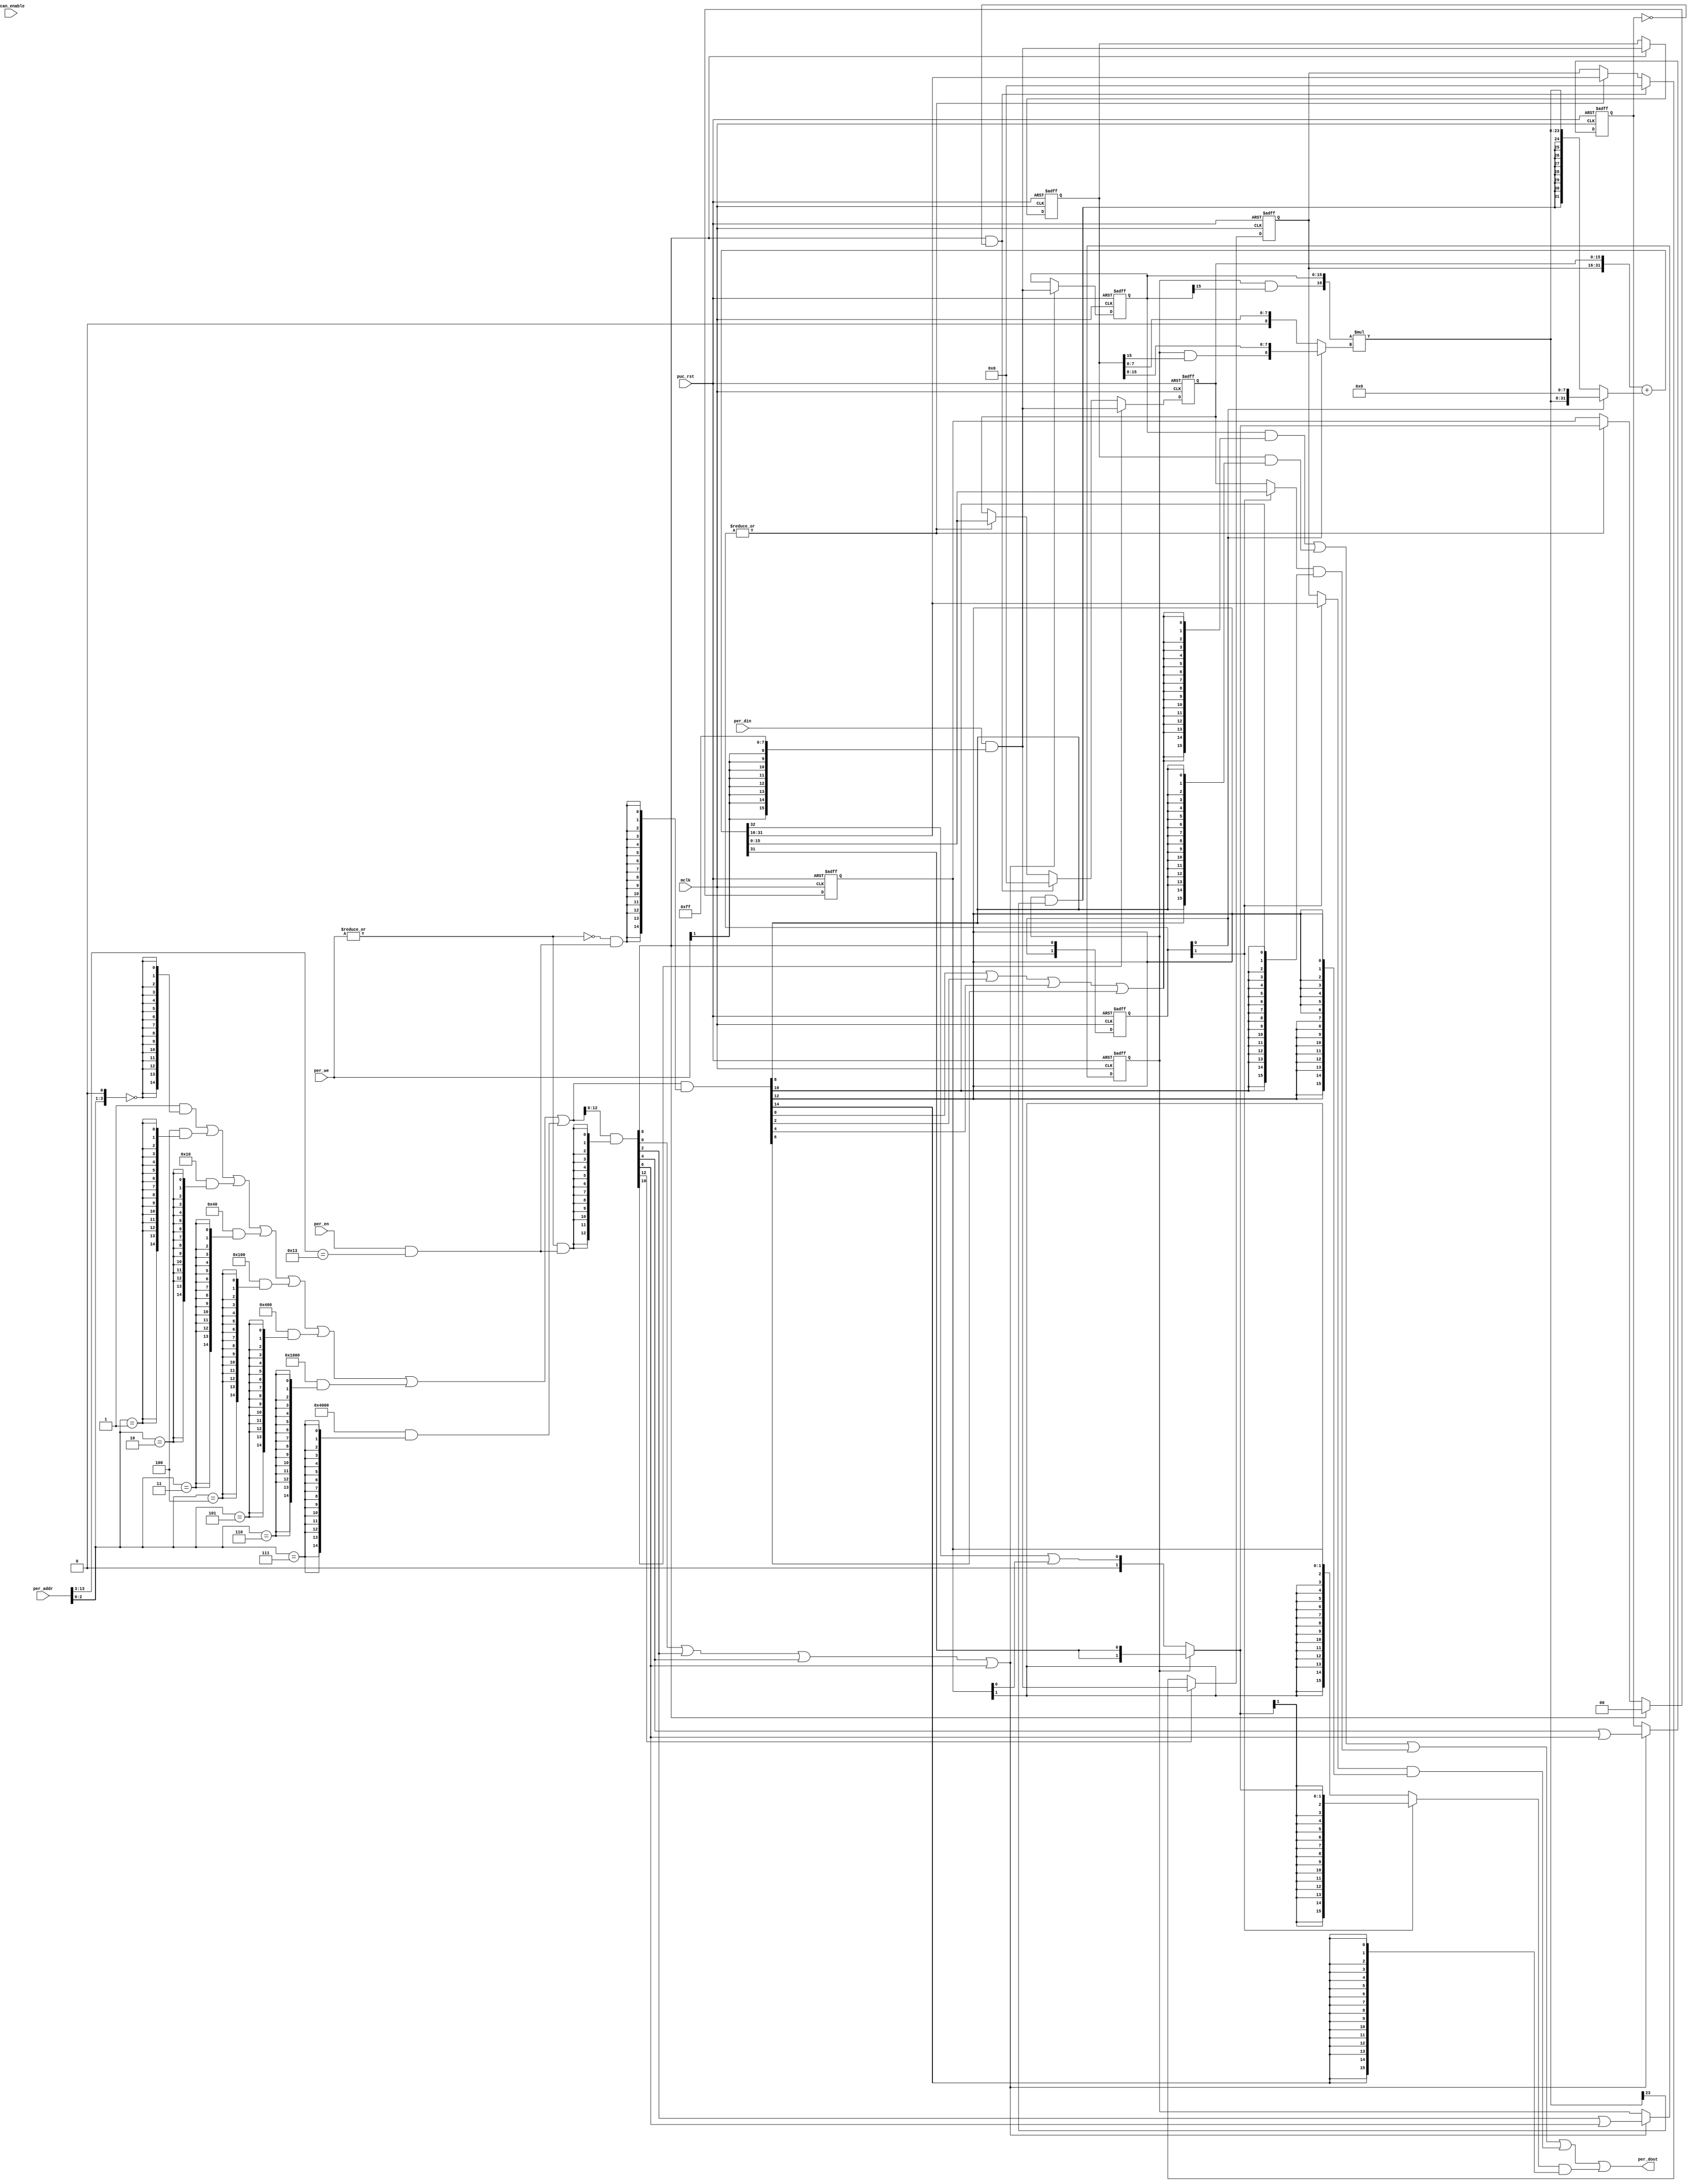
module  omsp_multiplier (

// OUTPUTs
    per_dout,                       // Peripheral data output

// INPUTs
    mclk,                           // Main system clock
    per_addr,                       // Peripheral address
    per_din,                        // Peripheral data input
    per_en,                         // Peripheral enable (high active)
    per_we,                         // Peripheral write enable (high active)
    puc_rst,                        // Main system reset
    scan_enable                     // Scan enable (active during scan shifting)
);

// OUTPUTs
//=========
output       [15:0] per_dout;       // Peripheral data output

// INPUTs
//=========
input               mclk;           // Main system clock
input        [13:0] per_addr;       // Peripheral address
input        [15:0] per_din;        // Peripheral data input
input               per_en;         // Peripheral enable (high active)
input         [1:0] per_we;         // Peripheral write enable (high active)
input               puc_rst;        // Main system reset
input               scan_enable;    // Scan enable (active during scan shifting)


//=============================================================================
// 1)  PARAMETER/REGISTERS & WIRE DECLARATION
//=============================================================================

// Register base address (must be aligned to decoder bit width)
parameter       [14:0] BASE_ADDR   = 15'h0130;

// Decoder bit width (defines how many bits are considered for address decoding)
parameter              DEC_WD      =  4;

// Register addresses offset
parameter [DEC_WD-1:0] OP1_MPY     = 'h0,
                       OP1_MPYS    = 'h2,
                       OP1_MAC     = 'h4,
                       OP1_MACS    = 'h6,
                       OP2         = 'h8,
                       RESLO       = 'hA,
                       RESHI       = 'hC,
                       SUMEXT      = 'hE;

// Register one-hot decoder utilities
parameter              DEC_SZ      =  (1 << DEC_WD);
parameter [DEC_SZ-1:0] BASE_REG    =  {{DEC_SZ-1{1'b0}}, 1'b1};

// Register one-hot decoder
parameter [DEC_SZ-1:0] OP1_MPY_D   = (BASE_REG << OP1_MPY),
                       OP1_MPYS_D  = (BASE_REG << OP1_MPYS),
                       OP1_MAC_D   = (BASE_REG << OP1_MAC),
                       OP1_MACS_D  = (BASE_REG << OP1_MACS),
                       OP2_D       = (BASE_REG << OP2),
                       RESLO_D     = (BASE_REG << RESLO),
                       RESHI_D     = (BASE_REG << RESHI),
                       SUMEXT_D    = (BASE_REG << SUMEXT);


// Wire pre-declarations
wire  result_wr;
wire  result_clr;
wire  early_read;


//============================================================================
// 2)  REGISTER DECODER
//============================================================================

// Local register selection
wire              reg_sel     =  per_en & (per_addr[13:DEC_WD-1]==BASE_ADDR[14:DEC_WD]);

// Register local address
wire [DEC_WD-1:0] reg_addr    =  {per_addr[DEC_WD-2:0], 1'b0};

// Register address decode
wire [DEC_SZ-1:0] reg_dec     =  (OP1_MPY_D   &  {DEC_SZ{(reg_addr == OP1_MPY  )}})  |
                                 (OP1_MPYS_D  &  {DEC_SZ{(reg_addr == OP1_MPYS )}})  |
                                 (OP1_MAC_D   &  {DEC_SZ{(reg_addr == OP1_MAC  )}})  |
                                 (OP1_MACS_D  &  {DEC_SZ{(reg_addr == OP1_MACS )}})  |
                                 (OP2_D       &  {DEC_SZ{(reg_addr == OP2      )}})  |
                                 (RESLO_D     &  {DEC_SZ{(reg_addr == RESLO    )}})  |
                                 (RESHI_D     &  {DEC_SZ{(reg_addr == RESHI    )}})  |
                                 (SUMEXT_D    &  {DEC_SZ{(reg_addr == SUMEXT   )}});

// Read/Write probes
wire              reg_write   =  |per_we & reg_sel;
wire              reg_read    = ~|per_we & reg_sel;

// Read/Write vectors
wire [DEC_SZ-1:0] reg_wr      = reg_dec & {DEC_SZ{reg_write}};
wire [DEC_SZ-1:0] reg_rd      = reg_dec & {DEC_SZ{reg_read}};

// Masked input data for byte access
wire       [15:0] per_din_msk =  per_din & {{8{per_we[1]}}, 8'hff};

//============================================================================
// 3) REGISTERS
//============================================================================

// OP1 Register
//-----------------
reg  [15:0] op1;

wire        op1_wr = reg_wr[OP1_MPY]  |
                     reg_wr[OP1_MPYS] |
                     reg_wr[OP1_MAC]  |
                     reg_wr[OP1_MACS];

`ifdef CLOCK_GATING
wire        mclk_op1;
omsp_clock_gate clock_gate_op1 (.gclk(mclk_op1),
                                .clk (mclk), .enable(op1_wr), .scan_enable(scan_enable));
`else
wire        UNUSED_scan_enable = scan_enable;
wire        mclk_op1           = mclk;
`endif

always @ (posedge mclk_op1 or posedge puc_rst)
  if (puc_rst)      op1 <=  16'h0000;
`ifdef CLOCK_GATING
  else              op1 <=  per_din_msk;
`else
  else if (op1_wr)  op1 <=  per_din_msk;
`endif

wire [15:0] op1_rd  = op1;


// OP2 Register
//-----------------
reg  [15:0] op2;

wire        op2_wr = reg_wr[OP2];

`ifdef CLOCK_GATING
wire        mclk_op2;
omsp_clock_gate clock_gate_op2 (.gclk(mclk_op2),
                                .clk (mclk), .enable(op2_wr), .scan_enable(scan_enable));
`else
wire        mclk_op2 = mclk;
`endif

always @ (posedge mclk_op2 or posedge puc_rst)
  if (puc_rst)      op2 <=  16'h0000;
`ifdef CLOCK_GATING
  else              op2 <=  per_din_msk;
`else
  else if (op2_wr)  op2 <=  per_din_msk;
`endif

wire [15:0] op2_rd  = op2;


// RESLO Register
//-----------------
reg  [15:0] reslo;

wire [15:0] reslo_nxt;
wire        reslo_wr = reg_wr[RESLO];

`ifdef CLOCK_GATING
wire        reslo_en = reslo_wr | result_clr | result_wr;
wire        mclk_reslo;
omsp_clock_gate clock_gate_reslo (.gclk(mclk_reslo),
                                  .clk (mclk), .enable(reslo_en), .scan_enable(scan_enable));
`else
wire        mclk_reslo = mclk;
`endif

always @ (posedge mclk_reslo or posedge puc_rst)
  if (puc_rst)         reslo <=  16'h0000;
  else if (reslo_wr)   reslo <=  per_din_msk;
  else if (result_clr) reslo <=  16'h0000;
`ifdef CLOCK_GATING
  else                 reslo <=  reslo_nxt;
`else
  else if (result_wr)  reslo <=  reslo_nxt;
`endif

wire [15:0] reslo_rd = early_read ? reslo_nxt : reslo;


// RESHI Register
//-----------------
reg  [15:0] reshi;

wire [15:0] reshi_nxt;
wire        reshi_wr = reg_wr[RESHI];

`ifdef CLOCK_GATING
wire        reshi_en = reshi_wr | result_clr | result_wr;
wire        mclk_reshi;
omsp_clock_gate clock_gate_reshi (.gclk(mclk_reshi),
                                  .clk (mclk), .enable(reshi_en), .scan_enable(scan_enable));
`else
wire        mclk_reshi = mclk;
`endif

always @ (posedge mclk_reshi or posedge puc_rst)
  if (puc_rst)         reshi <=  16'h0000;
  else if (reshi_wr)   reshi <=  per_din_msk;
  else if (result_clr) reshi <=  16'h0000;
`ifdef CLOCK_GATING
  else                 reshi <=  reshi_nxt;
`else
  else if (result_wr)  reshi <=  reshi_nxt;
`endif

wire [15:0] reshi_rd = early_read ? reshi_nxt  : reshi;


// SUMEXT Register
//-----------------
reg  [1:0] sumext_s;

wire [1:0] sumext_s_nxt;

always @ (posedge mclk or posedge puc_rst)
  if (puc_rst)         sumext_s <=  2'b00;
  else if (op2_wr)     sumext_s <=  2'b00;
  else if (result_wr)  sumext_s <=  sumext_s_nxt;

wire [15:0] sumext_nxt = {{14{sumext_s_nxt[1]}}, sumext_s_nxt};
wire [15:0] sumext     = {{14{sumext_s[1]}},     sumext_s};
wire [15:0] sumext_rd  = early_read ? sumext_nxt : sumext;


//============================================================================
// 4) DATA OUTPUT GENERATION
//============================================================================

// Data output mux
wire [15:0] op1_mux    = op1_rd     & {16{reg_rd[OP1_MPY]  |
                                          reg_rd[OP1_MPYS] |
                                          reg_rd[OP1_MAC]  |
                                          reg_rd[OP1_MACS]}};
wire [15:0] op2_mux    = op2_rd     & {16{reg_rd[OP2]}};
wire [15:0] reslo_mux  = reslo_rd   & {16{reg_rd[RESLO]}};
wire [15:0] reshi_mux  = reshi_rd   & {16{reg_rd[RESHI]}};
wire [15:0] sumext_mux = sumext_rd  & {16{reg_rd[SUMEXT]}};

wire [15:0] per_dout   = op1_mux    |
                         op2_mux    |
                         reslo_mux  |
                         reshi_mux  |
                         sumext_mux;


//============================================================================
// 5) HARDWARE MULTIPLIER FUNCTIONAL LOGIC
//============================================================================

// Multiplier configuration
//--------------------------

// Detect signed mode
reg sign_sel;
always @ (posedge mclk_op1 or posedge puc_rst)
  if (puc_rst)     sign_sel <=  1'b0;
`ifdef CLOCK_GATING
  else             sign_sel <=  reg_wr[OP1_MPYS] | reg_wr[OP1_MACS];
`else
  else if (op1_wr) sign_sel <=  reg_wr[OP1_MPYS] | reg_wr[OP1_MACS];
`endif


// Detect accumulate mode
reg acc_sel;
always @ (posedge mclk_op1 or posedge puc_rst)
  if (puc_rst)     acc_sel  <=  1'b0;
`ifdef CLOCK_GATING
  else             acc_sel  <=  reg_wr[OP1_MAC]  | reg_wr[OP1_MACS];
`else
  else if (op1_wr) acc_sel  <=  reg_wr[OP1_MAC]  | reg_wr[OP1_MACS];
`endif


// Detect whenever the RESHI and RESLO registers should be cleared
assign      result_clr = op2_wr & ~acc_sel;

// Combine RESHI & RESLO
wire [31:0] result     = {reshi, reslo};


// 16x16 Multiplier (result computed in 1 clock cycle)
//-----------------------------------------------------
`ifdef MPY_16x16

// Detect start of a multiplication
reg cycle;
always @ (posedge mclk or posedge puc_rst)
  if (puc_rst) cycle <=  1'b0;
  else         cycle <=  op2_wr;

assign result_wr = cycle;

// Expand the operands to support signed & unsigned operations
wire signed [16:0] op1_xp = {sign_sel & op1[15], op1};
wire signed [16:0] op2_xp = {sign_sel & op2[15], op2};


// 17x17 signed multiplication
wire signed [33:0] product = op1_xp * op2_xp;

// Accumulate
wire [32:0] result_nxt = {1'b0, result} + {1'b0, product[31:0]};


// Next register values
assign reslo_nxt    = result_nxt[15:0];
assign reshi_nxt    = result_nxt[31:16];
assign sumext_s_nxt =  sign_sel ? {2{result_nxt[31]}} :
                                  {1'b0, result_nxt[32]};


// Since the MAC is completed within 1 clock cycle,
// an early read can't happen.
assign early_read   = 1'b0;


// 16x8 Multiplier (result computed in 2 clock cycles)
//-----------------------------------------------------
`else

// Detect start of a multiplication
reg [1:0] cycle;
always @ (posedge mclk or posedge puc_rst)
  if (puc_rst) cycle <=  2'b00;
  else         cycle <=  {cycle[0], op2_wr};

assign result_wr = |cycle;


// Expand the operands to support signed & unsigned operations
wire signed [16:0] op1_xp    = {sign_sel & op1[15], op1};
wire signed  [8:0] op2_hi_xp = {sign_sel & op2[15], op2[15:8]};
wire signed  [8:0] op2_lo_xp = {              1'b0, op2[7:0]};
wire signed  [8:0] op2_xp    = cycle[0] ? op2_hi_xp : op2_lo_xp;


// 17x9 signed multiplication
wire signed [25:0] product    = op1_xp * op2_xp;

wire        [31:0] product_xp = cycle[0] ? {product[23:0], 8'h00} :
                                           {{8{sign_sel & product[23]}}, product[23:0]};

// Accumulate
wire [32:0] result_nxt  = {1'b0, result} + {1'b0, product_xp[31:0]};


// Next register values
assign reslo_nxt    = result_nxt[15:0];
assign reshi_nxt    = result_nxt[31:16];
assign sumext_s_nxt =  sign_sel ? {2{result_nxt[31]}} :
                                  {1'b0, result_nxt[32] | sumext_s[0]};

// Since the MAC is completed within 2 clock cycle,
// an early read can happen during the second cycle.
assign early_read   = cycle[1];

`endif


endmodule